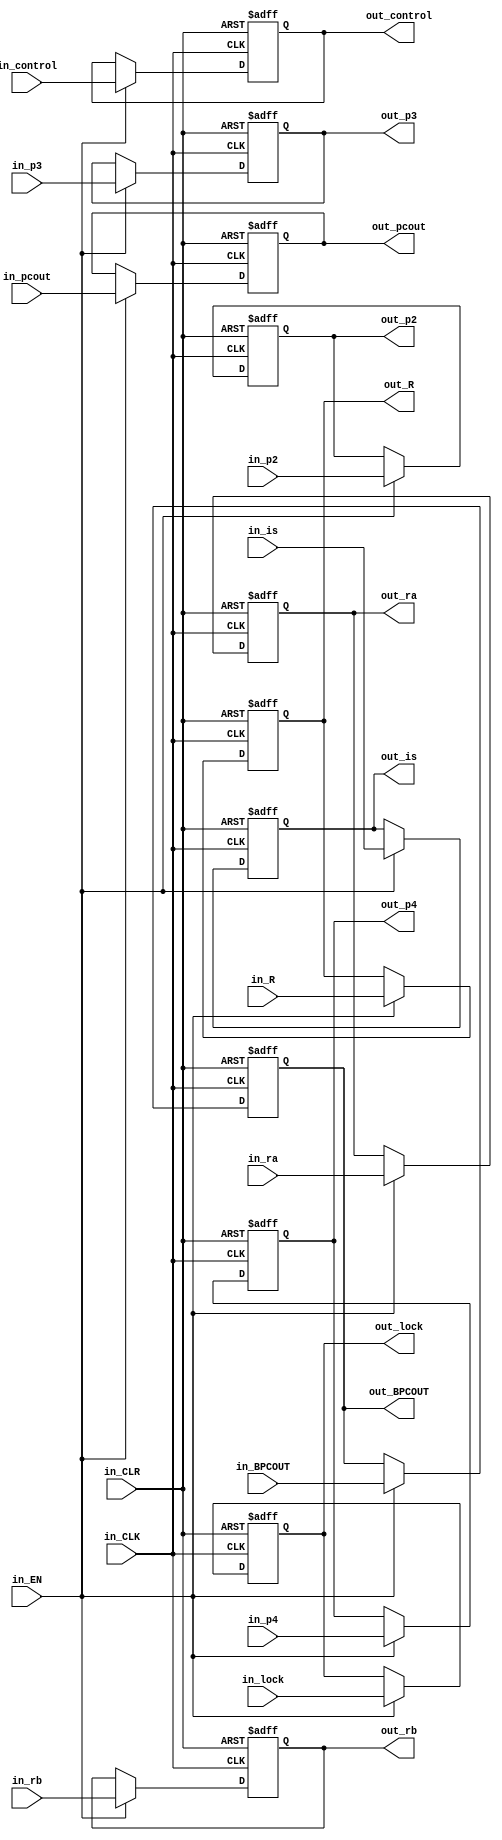
//==================================================================================================
//  Revision      : 
//
//  Description   : 
//
//
//==================================================================================================
module EXMEM(in_EN,in_CLK,in_CLR,in_lock,in_ra,in_rb,in_is,in_p2,in_p3,in_p4,in_pcout,in_control,in_R,in_BPCOUT,
	out_lock,out_ra,out_rb,out_is,out_p2,out_p3,out_p4,out_pcout,out_control,out_R,out_BPCOUT);
	input in_EN,in_CLK,in_CLR;
	input in_lock;
	input [31:0]in_is,in_pcout,in_ra,in_rb,in_R;
	input [4:0]in_p2,in_p3,in_p4;
	input [25:0]in_control;
	input [31:0]in_BPCOUT;

	output reg out_lock;
	output reg [31:0]out_is,out_pcout,out_ra,out_rb,out_R;
	output reg [4:0]out_p2,out_p3,out_p4;
	output reg [25:0]out_control;
	output reg [31:0]out_BPCOUT;
	initial begin
			out_lock <= 0;

			out_is <= 0;
			out_pcout <= 0;
			out_ra <= 0;
			out_rb <= 0;
			out_R <= 0;

			out_p2 <= 0;
			out_p3 <= 0;
			out_p4 <= 0;
			out_control <= 0;
			out_BPCOUT <= 0;
	end
	always @(posedge in_CLK or posedge in_CLR) begin
		if (in_CLR) begin
			// reset
			out_lock <= 0;

			out_is <= 0;
			out_pcout <= 0;
			out_ra <= 0;
			out_rb <= 0;
			out_R <= 0;

			out_p2 <= 0;
			out_p3 <= 0;
			out_p4 <= 0;
			out_control <= 0;
			out_BPCOUT <= 0;
			
		end
		else if (in_EN) begin
			out_lock <= in_lock;

			out_is <= in_is;
			out_pcout <= in_pcout;
			out_ra <= in_ra;
			out_rb <= in_rb;
			out_R <= in_R;

			out_p2 <= in_p2;
			out_p3 <= in_p3;
			out_p4 <= in_p4;
			out_control <= in_control;
			out_BPCOUT <= in_BPCOUT;
		end
	end
endmodule